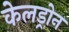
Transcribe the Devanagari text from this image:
केलड्रोन